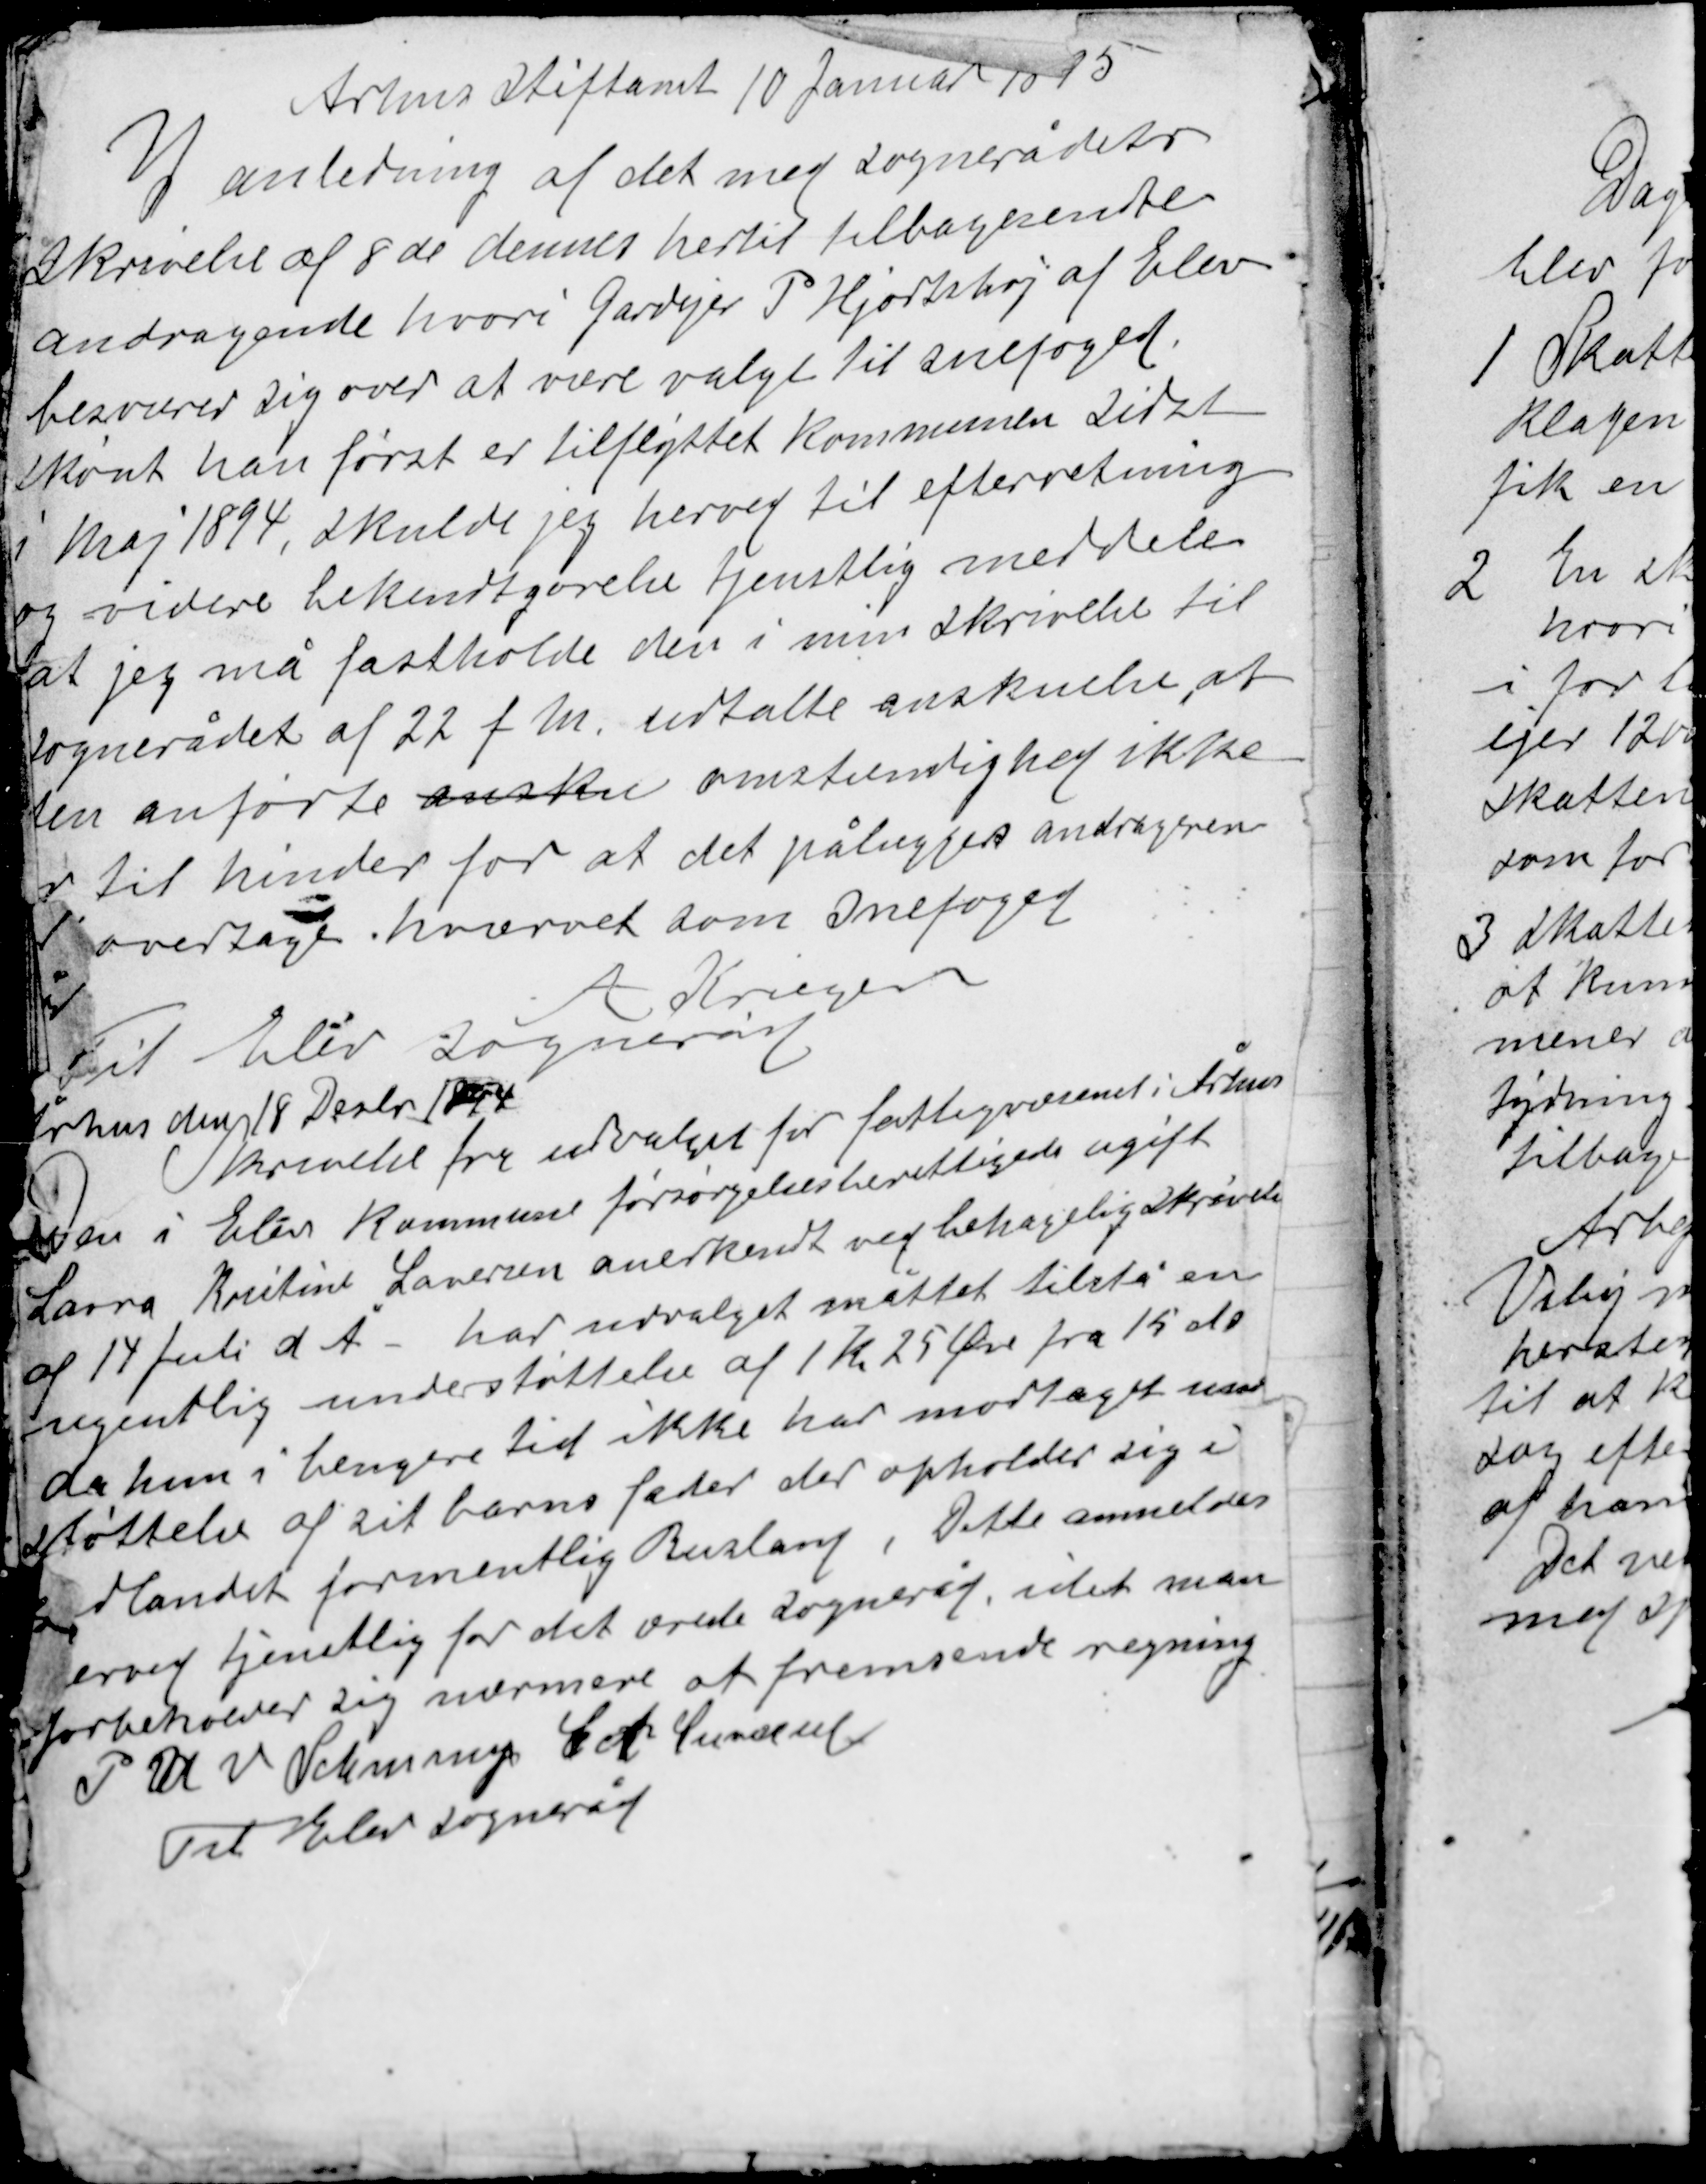
Transskription:
Aarhus Stiftamt 10. Januar 1895

I anledning af det med sognerådets
skrivelse af 8de dennes hertil tilbagesendte
andragende hvori Gardejer P Hjortshøj af Elev
besværer sig over at være valgt til snefoged
skønt han først er tilflyttet kommunen sidst
i maj 1894, skulde jeg herved til efterretning
og videre bekendtgørelse tjenstlig meddele
at jeg må fastholde den i min skrivelse til
sognerådet af 22 f m, udtalte anskuelse, at
den anførte ansku omstændighed ikke
r til hinder for at det pålægges andrageren
overtage hværvet som snefoged

A Krieger

Til Elev sogneraad
Århus den 18 Desbr 1894
Skrivelse fra udvalget for fattigvæsenet i Århus
Den i Elev kommune forsørgelsesberettigede ugift
Laura Kristine Lauersen anerkendt ved behagelig skrivelse
af 14 Juli d Å - har udvalget måttet tilstå en
ugentlig understøttelse af 1 K 25 Øre fra 15 ds
da hun i længere tid ikke har modtaget under-
støttelse af sit barns fader der opholder sig i
udlandet formentlig Rusland, Dette anmeldes
erved tjenstlig for det ærede sogneråd idet man
forbeholder sig nærmere at fremsende regning
P S V  Schourup
Sct Lavrense
Til Elev sogneråd